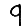
Digit: 9